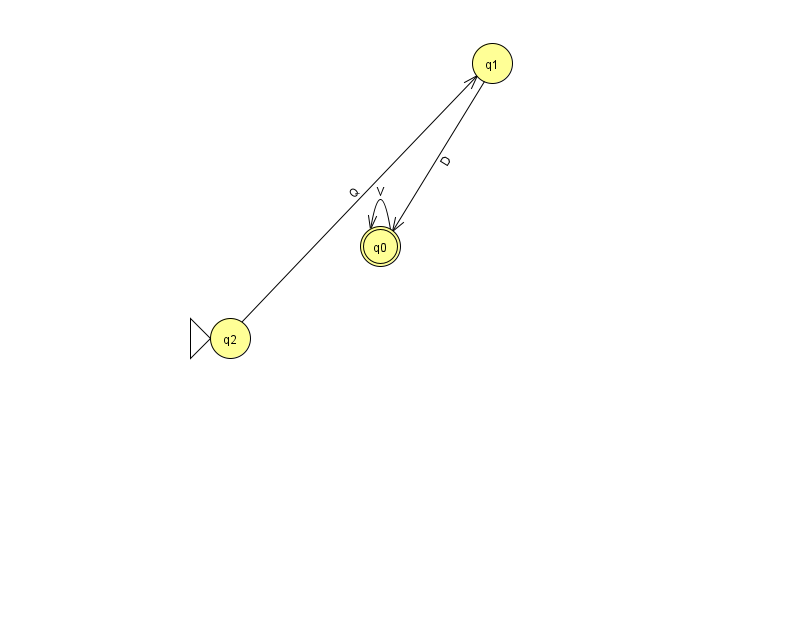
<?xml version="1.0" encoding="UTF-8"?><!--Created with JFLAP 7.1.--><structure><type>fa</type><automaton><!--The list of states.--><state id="0" name="q0"><x>380.0</x><y>233.0</y><final/></state><state id="1" name="q1"><x>492.0</x><y>50.0</y></state><state id="2" name="q2"><x>230.0</x><y>325.0</y><initial/></state><!--The list of transitions.--><transition><from>1</from><to>0</to><read>D</read></transition><transition><from>0</from><to>0</to><read>V</read></transition><transition><from>2</from><to>1</to><read>Q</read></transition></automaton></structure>